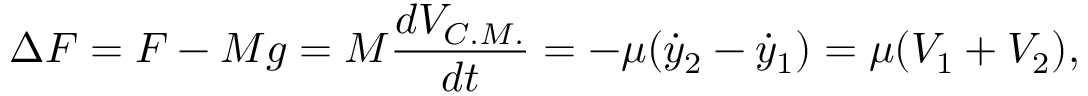
\Delta F = F - M g = M \frac { d V _ { C . M . } } { d t } = - \mu ( \dot { y } _ { 2 } - \dot { y } _ { 1 } ) = \mu ( V _ { 1 } + V _ { 2 } ) ,